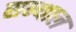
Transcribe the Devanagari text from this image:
सन्थाल